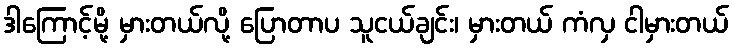
ဒါကြောင့်မို့ မှားတယ်လို့ ပြောတာပ သူငယ်ချင်း၊ မှားတယ် ကံလှ ငါမှားတယ်